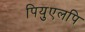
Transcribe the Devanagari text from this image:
पियुएलपि